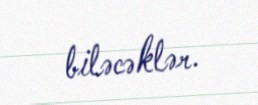
biləcəklər.